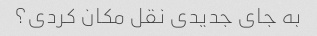
به جای جدیدی نقل مکان کردی؟